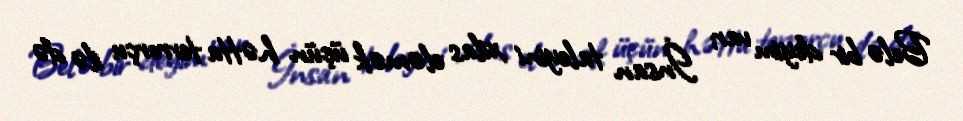
Belə bir deyim var; İnsan taleyini xilas eləmək üçün hətta terrorçu ilə də